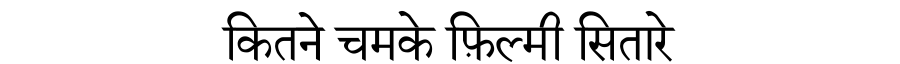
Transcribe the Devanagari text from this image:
कितने चमके फ़िल्मी सितारे